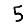
Digit: 5